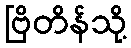
ဗြိတိန်သို့